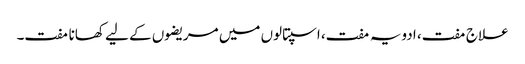
علاج مفت، ادویہ مفت، اسپتالوں میں مریضوں کے لیے کھانا مفت۔